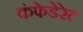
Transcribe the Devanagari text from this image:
कंफेडेरेट